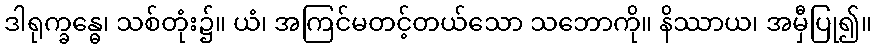
ဒါရုက္ခန္ဓေ၊ သစ်တုံး၌။ ယံ၊ အကြင်မတင့်တယ်သော သဘောကို။ နိဿာယ၊ အမှီပြု၍။